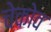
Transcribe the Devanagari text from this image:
चेकोव